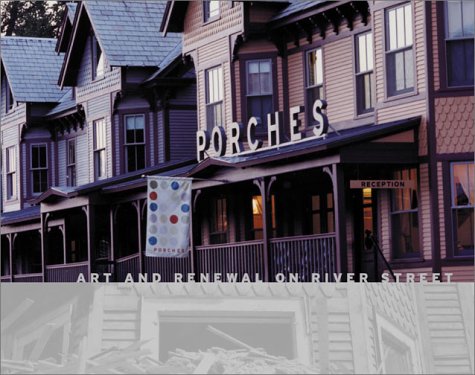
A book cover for Porches: Art and Renewal on River Street; Nicholas Whitman; Arts & Photography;